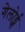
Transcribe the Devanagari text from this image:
गेलोर्ड्स